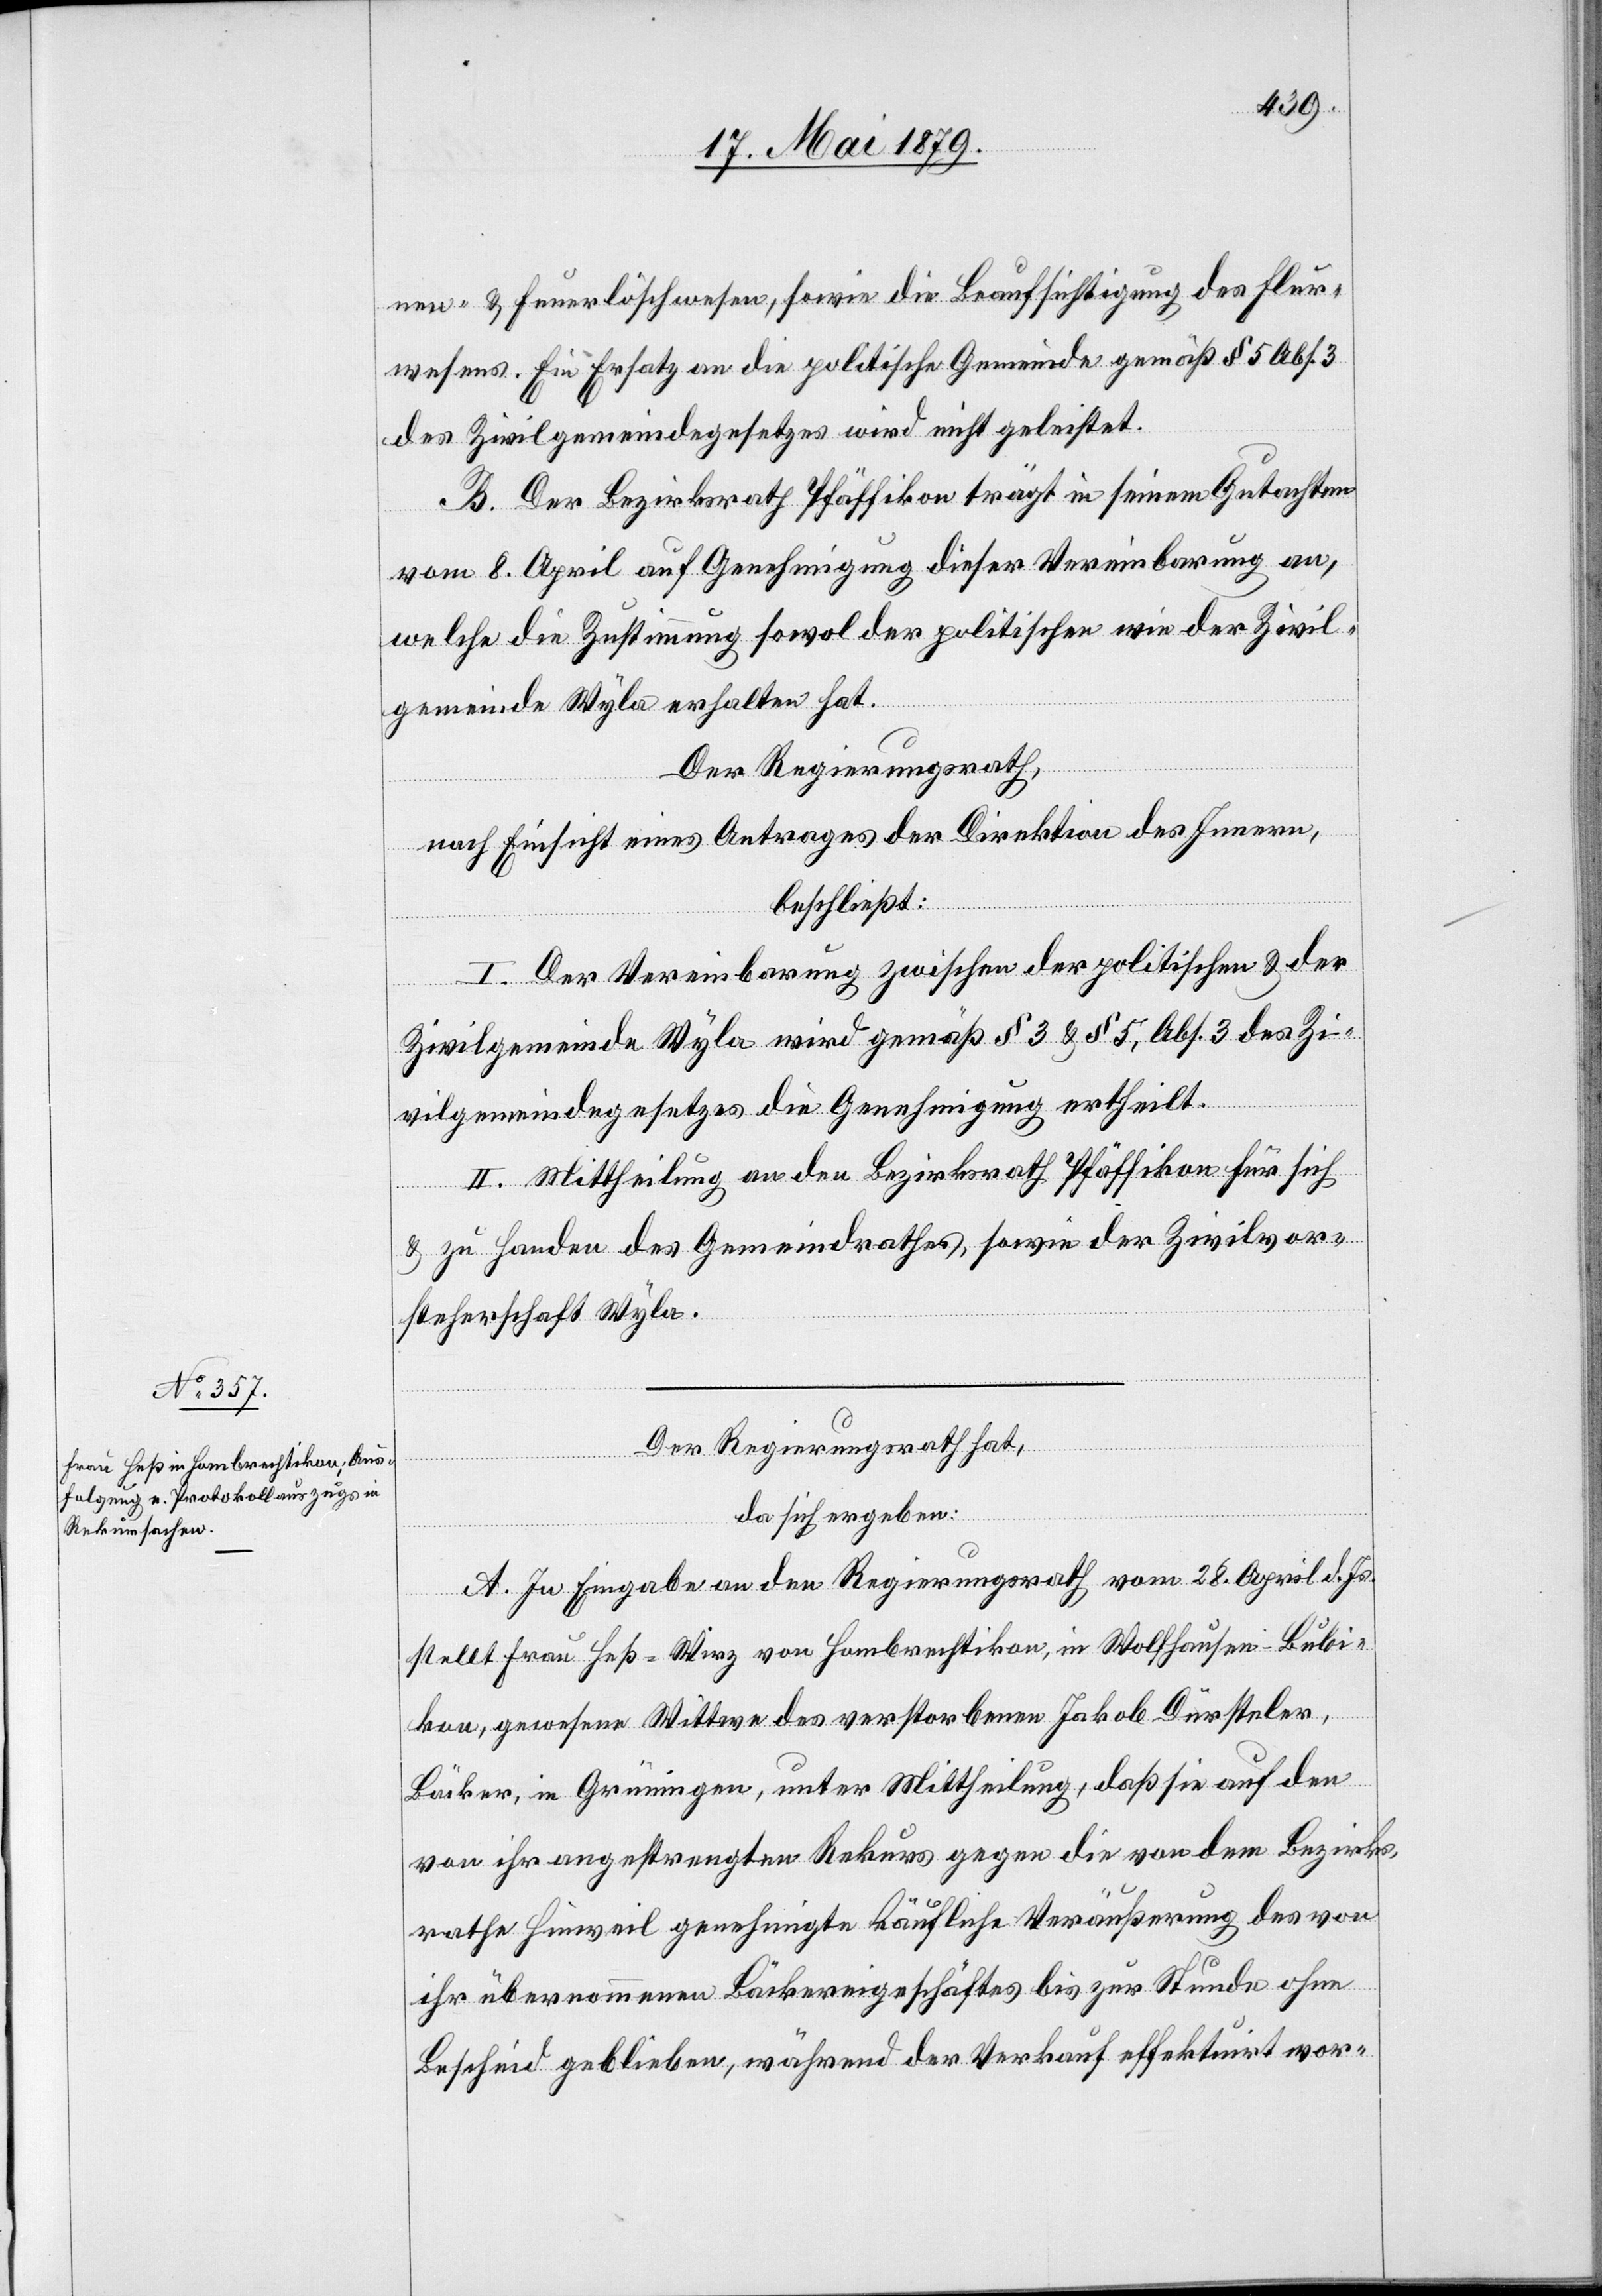
nen- & Feuerlöschwesen, sowie die Beaufsichtigung des Flur¬
wesens. Ein Ersatz an die politische Gemeinde gemäß § 5 Abs. 3
des Zivilgemeindegesetzes wird nicht geleistet.
B. Der Bezirksrath Pfäffikon trägt in seinem Gutachten
vom 8. April auf Genehmigung dieser Vereinbarung an,
welche die Zustimmung sowol der politischen wie der Zivil¬
gemeinde Wyla erhalten hat.
Der Regierungsrath,
nach Einsicht eines Antrages der Direktion des Innern,
beschließt:
I. Der Vereinbarung zwischen der politischen & der
Zivilgemeinde Wyla wird gemäß § 3 & § 5, Abs. 3 des Zi¬
vilgemeindegesetzes die Genehmigung ertheilt.
II. Mittheilung an den Bezirksrath Pfäffikon für sich
& zu Handen des Gemeindrathes, sowie der Zivilvor¬
steherschaft Wyla.
Der Regierungsrath hat,
da sich ergeben:
A. In Eingabe an den Regierungsrath vom 28. April d. Js.
stellt Frau Heß-Wirz von Hombrechtikon, in Wolfhausen - Bubi¬
kon, gewesene Wittwe des verstorbenen Jakob Dürsteler,
Bäcker, in Grüningen, unter Mittheilung, daß sie auf den
von ihr angestrengten Rekurs gegen die von dem Bezirks¬
rathe Hinweil genehmigte käufliche Veräußerung des von
ihr übernommenen Bäckereigeschäftes bis zur Stunde ohne
Bescheid geblieben, während der Verkauf effektuirt wor-